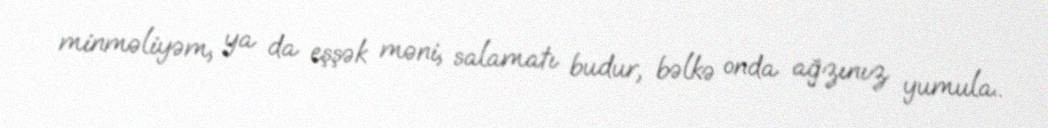
minməliyəm, ya da eşşək məni, salamatı budur, bəlkə onda ağzınız yumula..